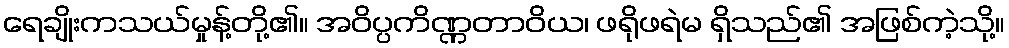
ရေချိုးကသယ်မှုန့်တို့၏။ အဝိပ္ပကိဏ္ဏတာဝိယ၊ ဖရိုဖရဲမ ရှိသည်၏ အဖြစ်ကဲ့သို့။